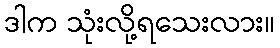
ဒါက သုံးလို့ရသေးလား။